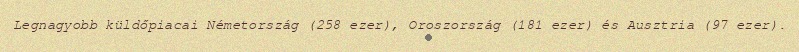
Legnagyobb küldőpiacai Németország (258 ezer), Oroszország (181 ezer) és Ausztria (97 ezer).